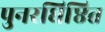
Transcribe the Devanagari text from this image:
पुनरधिष्ठित